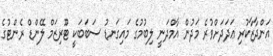
އަންދާޒާކުރި ޢަދަދަށްވުރެ މަދުން އާމްދަނީ ލިބުމުގެ މައިގަނޑު ސަބަބަކީ ޓޫރިޒަމް ލޭންޑް ރެންޓުގެ